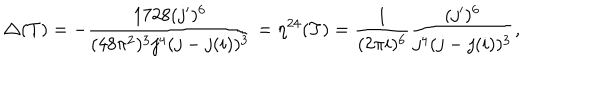
\triangle ( T ) = - \frac { 1 7 2 8 ( j ^ { \prime } ) ^ { 6 } } { ( 4 8 \pi ^ { 2 } ) ^ { 3 } j ^ { 4 } ( j - j ( i ) ) ^ { 3 } } = \eta ^ { 2 4 } ( T ) = \frac { 1 } { ( 2 \pi i ) ^ { 6 } } \frac { ( j ^ { \prime } ) ^ { 6 } } { j ^ { 4 } ( j - j ( i ) ) ^ { 3 } } ,